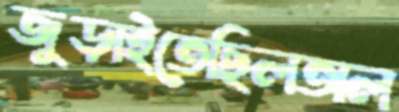
জুড়াইতেছিলঅল